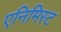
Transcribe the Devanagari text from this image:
एनिमिस्ट